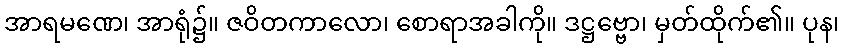
အာရမဏေ၊ အာရုံ၌။ ဇဝိတကာလော၊ စောရာအခါကို။ ဒဋ္ဌဗ္ဗော၊ မှတ်ထိုက်၏။ ပုန၊